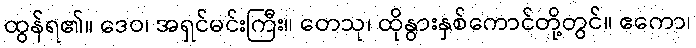
ထွန်ရ၏။ ဒေဝ၊ အရှင်မင်းကြီး။ တေသု၊ ထိုနွားနှစ်ကောင်တို့တွင်။ ဧကော၊